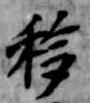
移